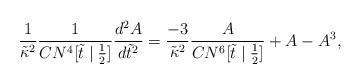
\begin{align*}\frac{1}{\tilde{\kappa}^2}\frac{1}{CN^4[\tilde{t}\mid\frac{1}{2}]}\frac{d^2A}{d\tilde{t}^2}=\frac{-3}{\tilde{\kappa}^2}\frac{A}{CN^6[\tilde{t}\mid\frac{1}{2}]}+A-A^3,\end{align*}